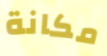
مكانة